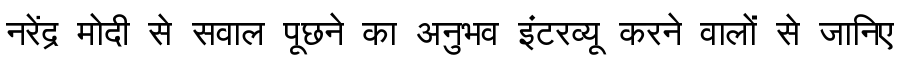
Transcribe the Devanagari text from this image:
नरेंद्र मोदी से सवाल पूछने का अनुभव इंटरव्यू करने वालों से जानिए